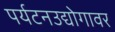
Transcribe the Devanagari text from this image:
पर्यटनउद्योगावर